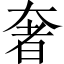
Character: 奢